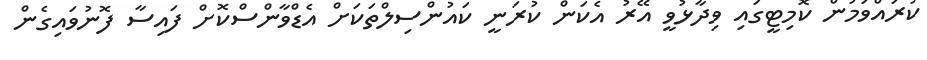
ކުރައްވަމުން ކޮމިޓީގައި ވިދާޅުވީ އޭރު އެކަން ކުރަނީ ކައުންސިލްތަކަށް އެޑްވާންސްކޮށް ފައިސާ ފޮނުވައިގެން